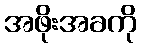
အဖိုးအခကို